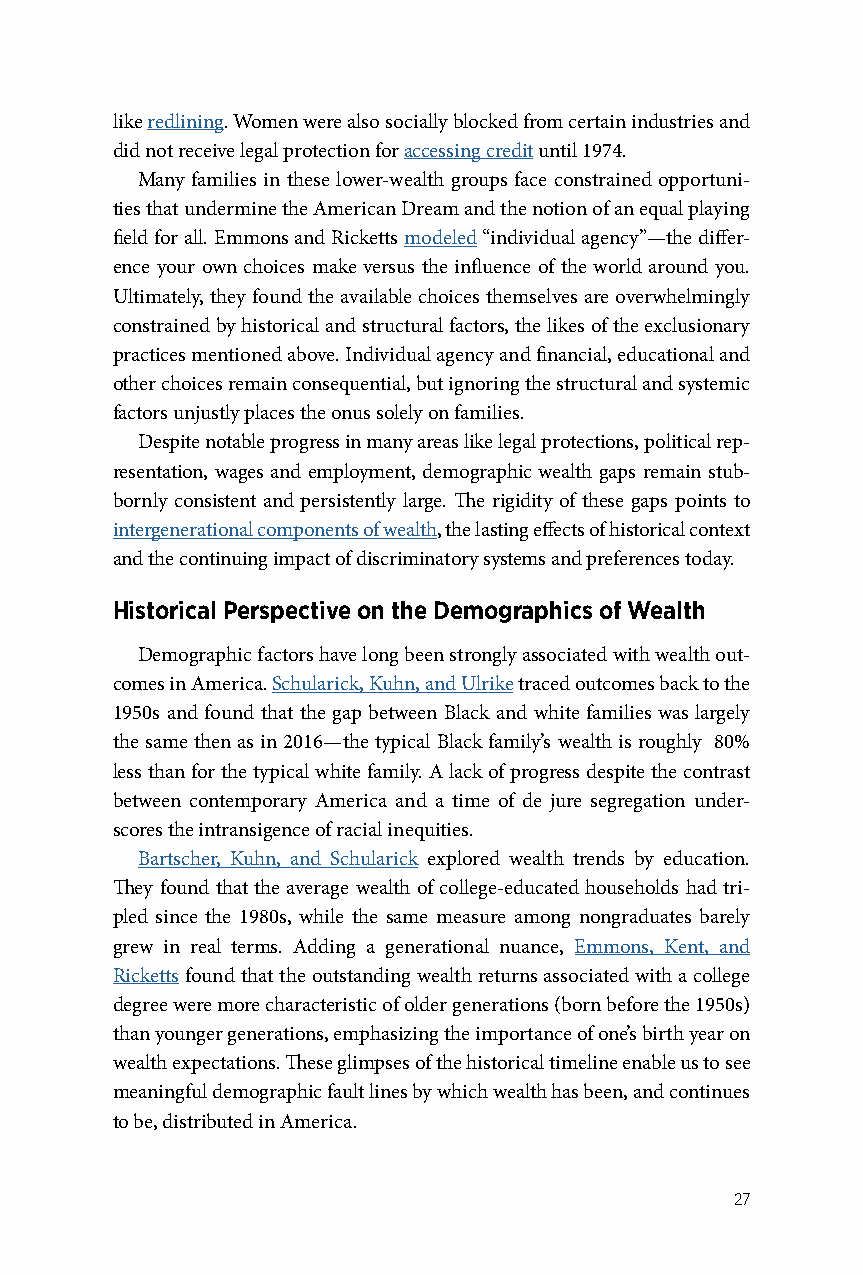
like redlining. Women were also socially blocked from certain industries and
 did not receive legal protection for accessing credit until 1974.
 Many families in these lower-wealth groups face constrained opportuni-
 ties that undermine the American Dream and the notion of an equal playing
 field for all. Emmons and Ricketts modeled “individual agency”—the differ-
 ence your own choices make versus the influence of the world around you.
 Ultimately, they found the available choices themselves are overwhelmingly
 constrained by historical and structural factors, the likes of the exclusionary
 practices mentioned above. Individual agency and financial, educational and
 other choices remain consequential, but ignoring the structural and systemic
 factors unjustly places the onus solely on families.
 Despite notable progress in many areas like legal protections, political rep-
 resentation, wages and employment, demographic wealth gaps remain stub-
 bornly consistent and persistently large. The rigidity of these gaps points to
 intergenerational components of wealth, the lasting effects of historical context
 and the continuing impact of discriminatory systems and preferences today.
 Historical Perspective on the Demographics of Wealth
 Demographic factors have long been strongly associated with wealth out-
 comes in America. Schularick, Kuhn, and Ulrike traced outcomes back to the
 1950s and found that the gap between Black and white families was largely
 the same then as in 2016—the typical Black family’s wealth is roughly 80%
 less than for the typical white family. A lack of progress despite the contrast
 between contemporary America and a time of de jure segregation under-
 scores the intransigence of racial inequities.
 Bartscher, Kuhn, and Schularick explored wealth trends by education.
 They found that the average wealth of college-educated households had tri-
 pled since the 1980s, while the same measure among nongraduates barely
 grew in real terms. Adding a generational nuance, Emmons, Kent, and
 Ricketts found that the outstanding wealth returns associated with a college
 degree were more characteristic of older generations (born before the 1950s)
 than younger generations, emphasizing the importance of one’s birth year on
 wealth expectations. These glimpses of the historical timeline enable us to see
 meaningful demographic fault lines by which wealth has been, and continues
 to be, distributed in America.
 27